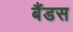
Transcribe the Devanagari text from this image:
बैंडस